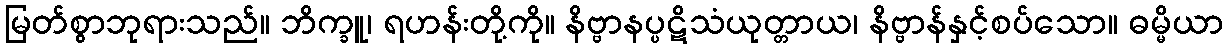
မြတ်စွာဘုရားသည်။ ဘိက္ခူ၊ ရဟန်းတို့ကို။ နိဗ္ဗာနပ္ပဋိသံယုတ္တာယ၊ နိဗ္ဗာန်နှင့်စပ်သော။ ဓမ္မိယာ